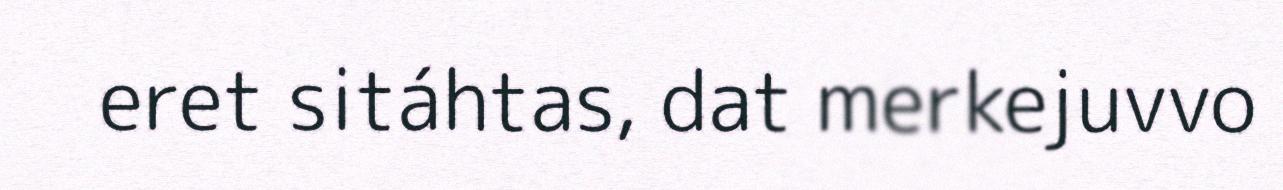
eret sitáhtas, dat merkejuvvo